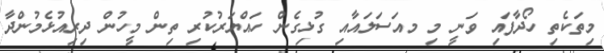
މިތަކެތި ހޯދާފައި ވަނީ މި މއަސަލައާއި ގުޅިގެން ހައްޔަރުކުރި ތިން މީހުން ދިރިއުޅެމުންދާ